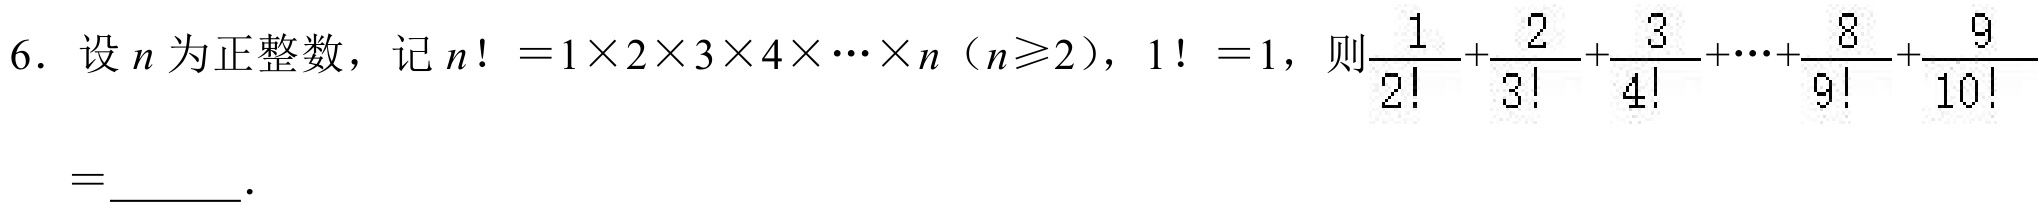
6. 设\(n\)为正整数，记\(n！ = 1\times2\times3\times4\times\cdots\times n\)（\(n\geqslant2\)），\(1！ = 1\)，则\(\frac{1}{2!}+\frac{2}{3!}+\frac{3}{4!}+\cdots+\frac{8}{9!}+\frac{9}{10!}\)
\(=\)______.